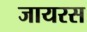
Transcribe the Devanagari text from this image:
जायरस